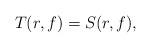
LaTeX: \begin{align*}T(r,f)=S(r,f),\end{align*}